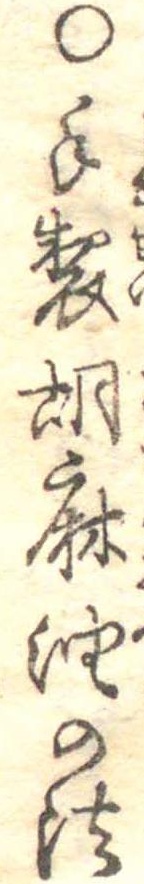
○手製胡麻油の法